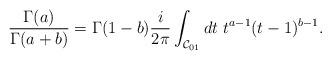
LaTeX: \begin{align*}\frac{\Gamma(a)}{\Gamma(a+b)} = \Gamma(1-b)\frac{i}{2\pi}\int_{{\cal C}_{01}} dt\ t^{a-1} (t-1)^{b-1}.\end{align*}